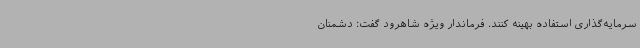
سرمایه‌گذاری استفاده بهینه کنند. فرماندار ویژه شاهرود گفت: دشمنان